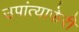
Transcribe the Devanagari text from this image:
उपांत्याफेरी